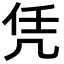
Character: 凭